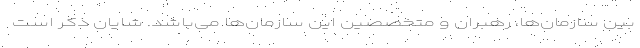
بین سازمان‌ها، رهبران و متخصصین این سازمان‌ها می‌باشد. شایان ذکر است